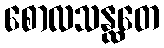
စောလသန္ထတေ